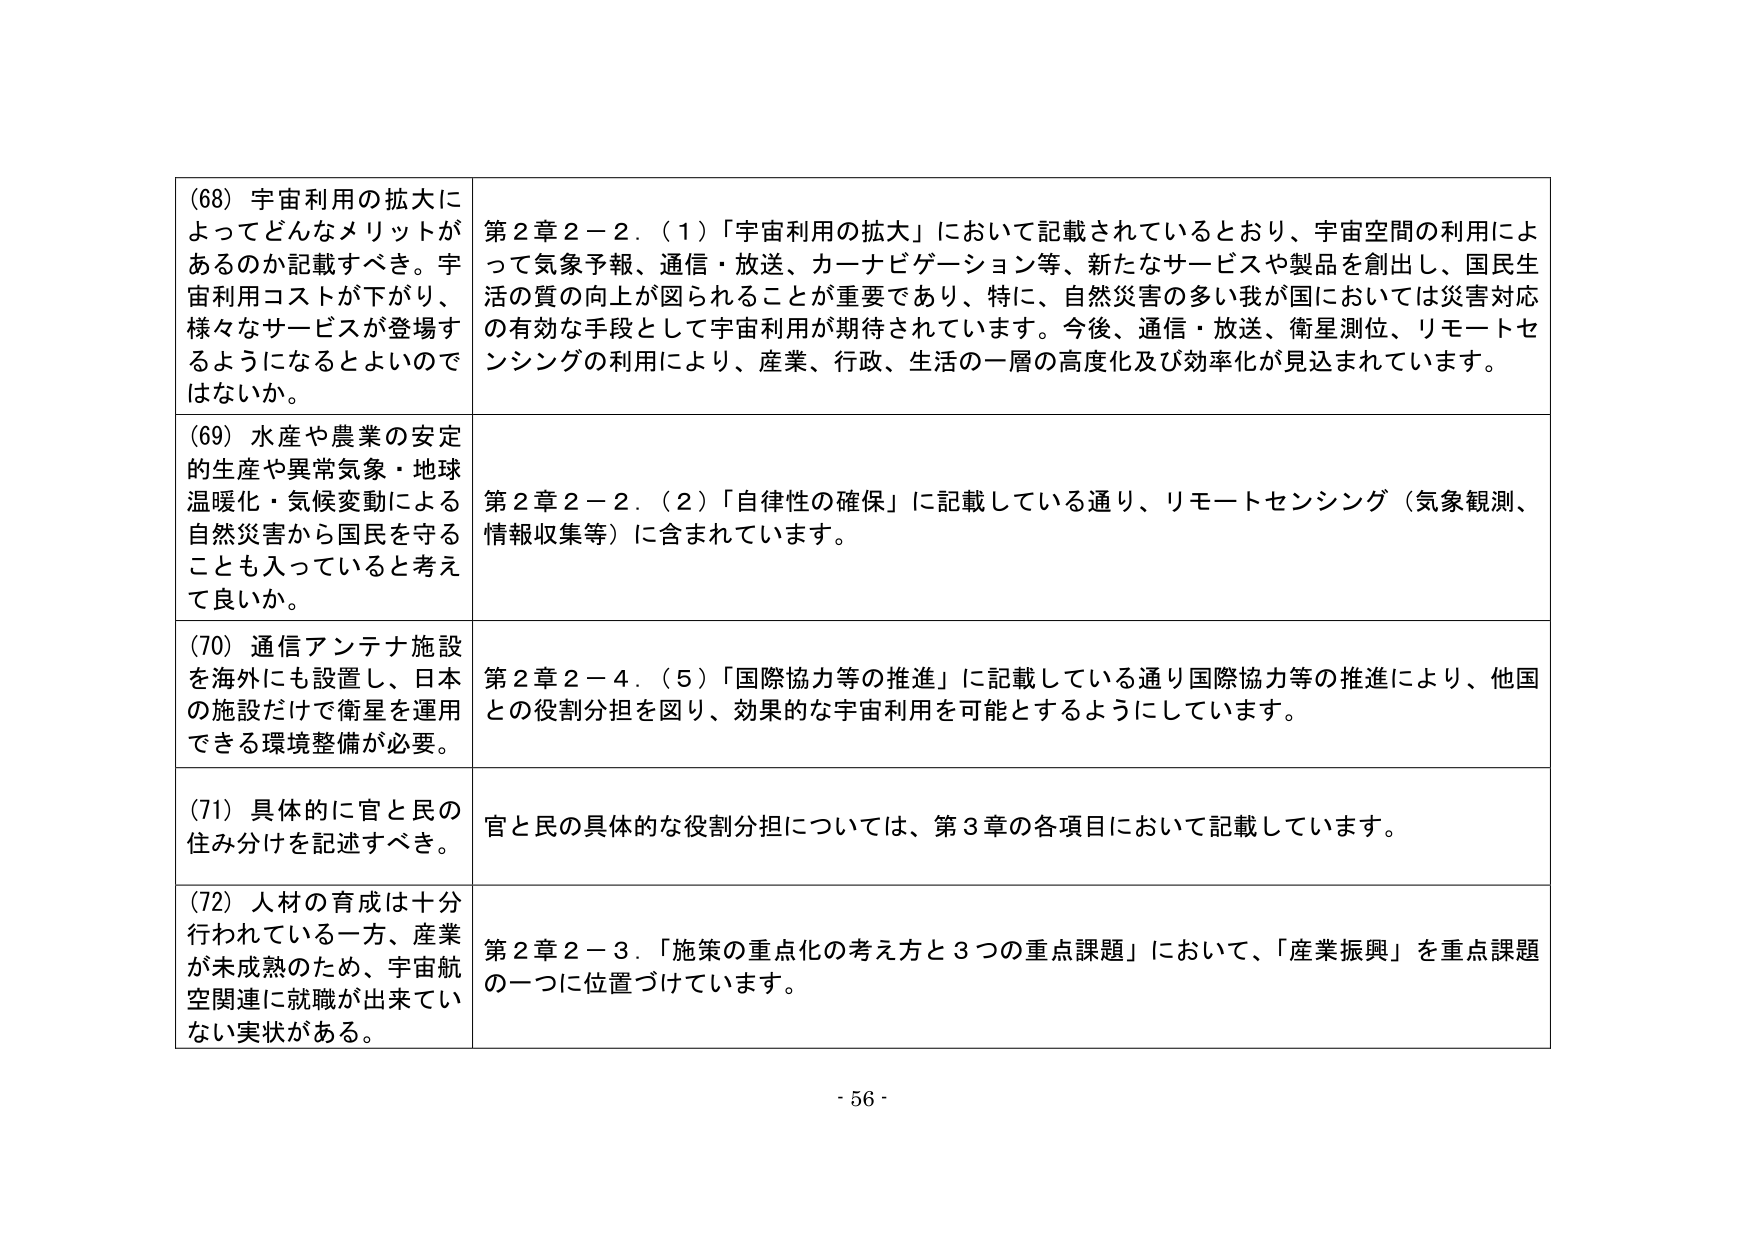
(68) 宇宙利用の拡大によってどんなメリットがあるのか記載すべき。宇宙利用コストが下がり、様々なサービスが登場するようになるといのではないでしょうか。

第2章2－2．(1)「宇宙利用の拡大」において記載されているとおり、宇宙空間の利用によって気象予報、通信・放送、カーナビゲーション等、新たなサービスや製品を創出し、国民生活の質の向上が図られることが重要であり、特に、自然災害の多い我が国においては災害対応の有効な手段として宇宙利用が期待されています。今後、通信・放送、衛星測位、リモートセンシングの利用により、産業、行政、生活の一層の高度化及び効率化が見込まれています。

(69) 水産や農業の安定的生産や異常気象・地球温暖化・気候変動による自然災害から国民を守ることも入っていると考えて良いか。

第2章2－2．(2)「自律性の確保」に記載している通り、リモートセンシング（気象観測、情報収集等）に含まれています。

(70) 通信アンテナ施設を海外にも設置し、日本の施設だけで衛星を運用できる環境整備が必要。

第2章2－4．(5)「国際協力等の推進」に記載している通り国際協力等の推進により、他国との役割分担を図り、効果的な宇宙利用を可能とするようにしています。

(71) 具体的に官と民の住み分けを記述すべき。

官と民の具体的な役割分担については、第3章の各項目において記載しています。

(72) 人材の育成は十分行われている一方、産業が未成熟のため、宇宙航空関連に就職が出来ていない実状がある。

第2章2－3．「施策の重点化の考え方と3つの重点課題」において、「産業振興」を重点課題の一つに位置づけています。

- 56 -